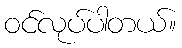
ဝင်လုပ်ပါတယ်။